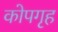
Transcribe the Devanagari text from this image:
कोपगृह